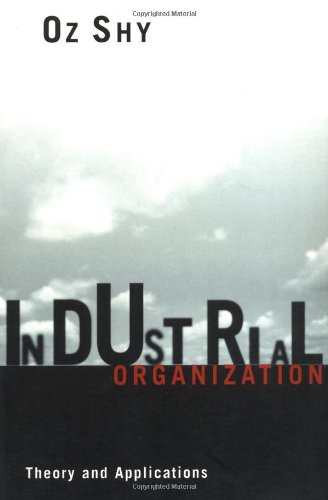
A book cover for Industrial Organization: Theory and Applications; Oz Shy; Business & Money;